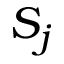
S _ { j }